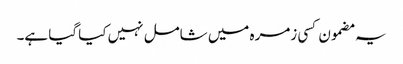
یہ مضمون کسی زمرہ میں شامل نہیں کیا گیا ہے۔